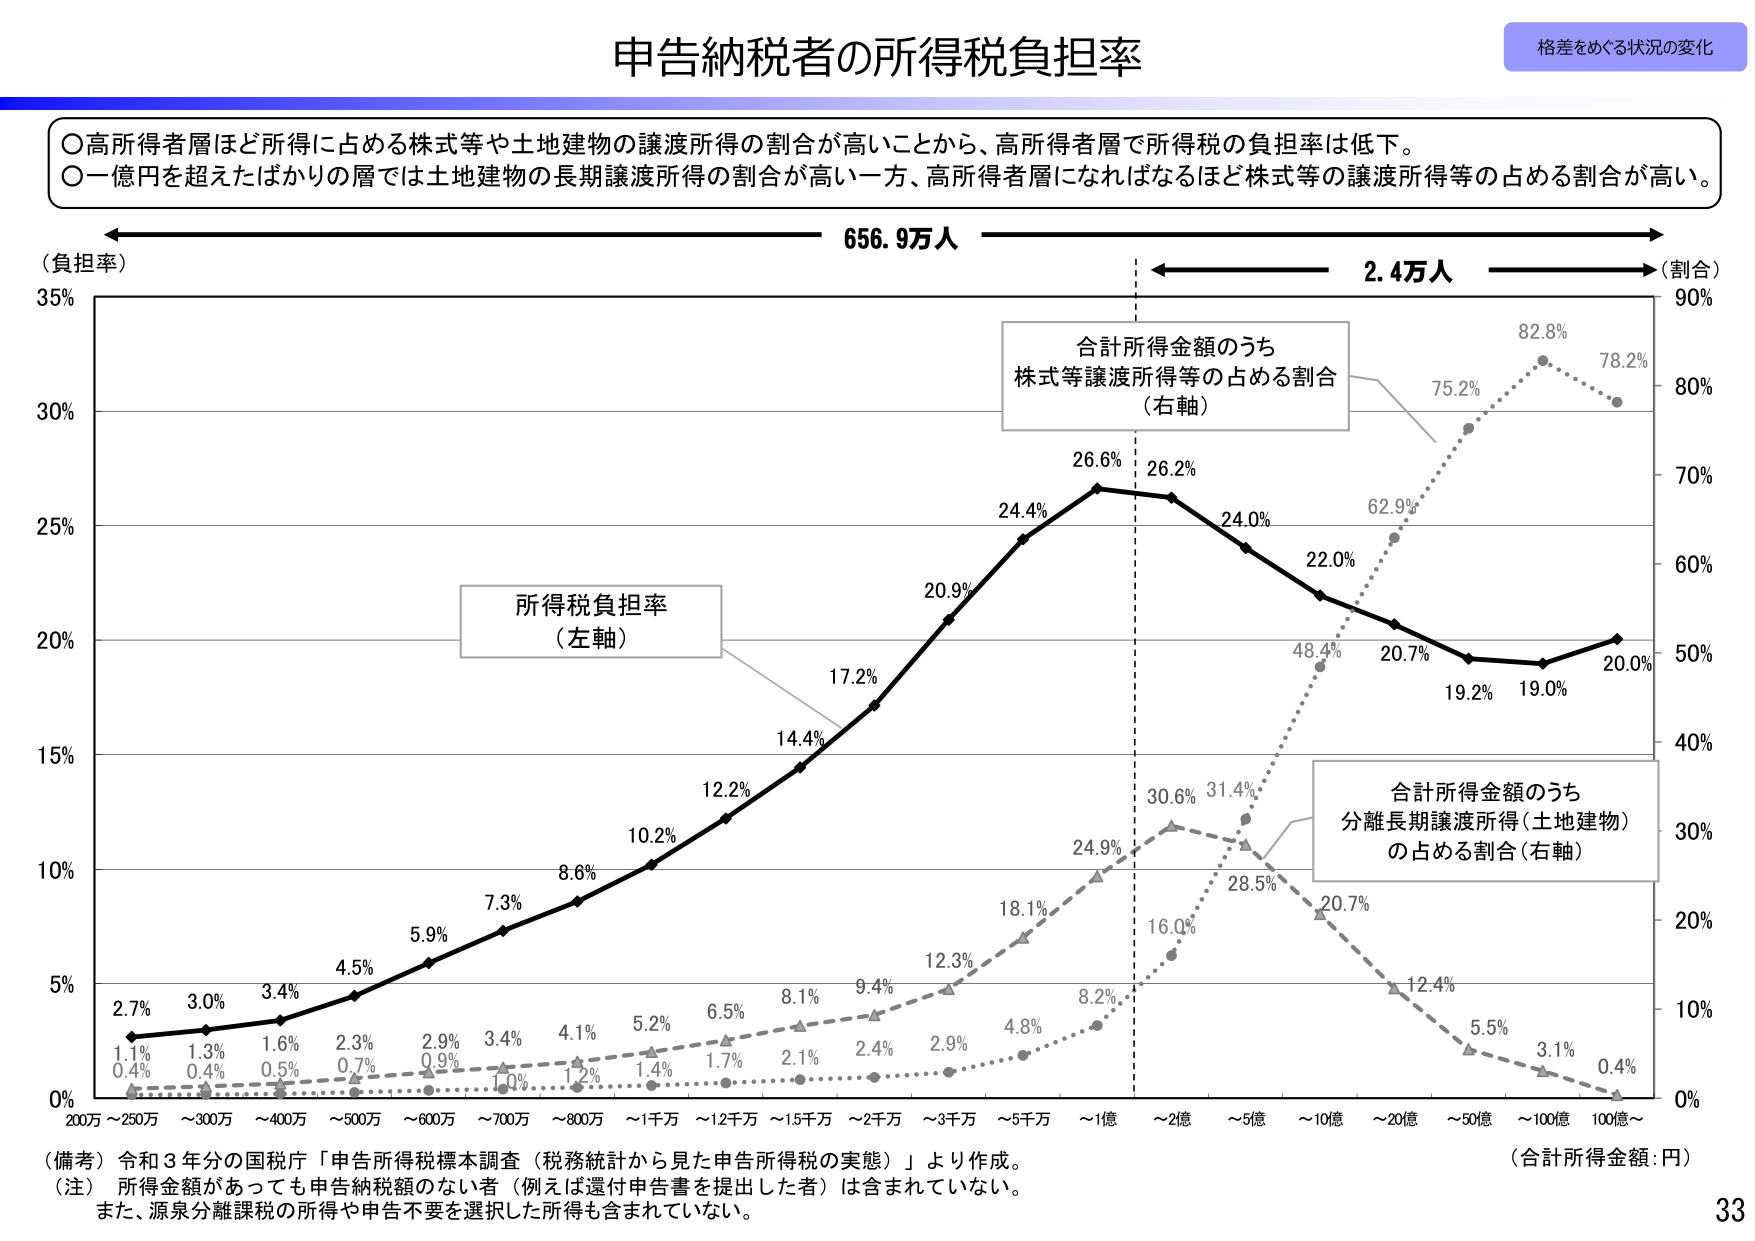
申告納税者の所得税負担率

格差をめぐる状況の変化

○高所得者層ほど所得に占める株式等や土地建物の譲渡所得の割合が高いことから、高所得者層で所得税の負担率は低下。
○一億円を超えたばかりの層では土地建物の長期譲渡所得の割合が高い一方、高所得者層になればなるほど株式等の譲渡所得等の占める割合が高い。

（負担率）
35%
30%
25%
20%
15%
10%
5%
0%

656.9万人
2.4万人
（割合）
90%
80%
70%
60%
50%
40%
30%
20%
10%
0%

合計所得金額のうち
株式等譲渡所得等の占める割合
（右軸）

所得税負担率
（左軸）

合計所得金額のうち
分離長期譲渡所得（土地建物）
の占める割合（右軸）

2.7%
3.0%
3.4%
4.5%
5.9%
7.3%
8.6%
10.2%
12.2%
14.4%
17.2%
20.9%
24.4%
26.6%
26.2%
24.0%
22.0%
20.7%
19.2%
19.0%
20.0%

1.1%
0.4%
1.3%
0.4%
1.6%
0.5%
2.3%
0.7%
2.9%
0.9%
3.4%
1.0%
4.1%
1.2%
5.2%
1.4%
6.5%
1.7%
8.1%
2.1%
9.4%
2.4%
12.3%
2.9%
18.1%
4.8%
24.9%
8.2%
30.6%
16.0%
31.4%
28.5%
62.9%
75.2%
82.8%
78.2%

20万～250万
～300万
～400万
～500万
～600万
～700万
～800万
～1千万
～12千万
～15千万
～2千万
～3千万
～5千万
～1億
～2億
～5億
～10億
～20億
～50億
～100億
100億～

（合計所得金額：円）

（備考）令和３年分の国税庁「申告所得税標本調査（税務統計から見た申告所得税の実態）」より作成。
（注）所得金額があっても申告納税額のない者（例えば還付申告書を提出した者）は含まれていない。
また、源泉分離課税の所得や申告不要を選択した所得も含まれていない。

33